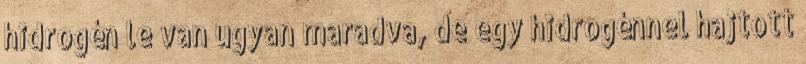
hidrogén le van ugyan maradva, de egy hidrogénnel hajtott